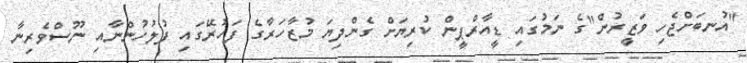
"އުނބަށްޖެހި ވަޒީރުން"ގެ ނަމުގައި ޑީއާރްޕީން ކުރިޔަށް ގެންދިޔަ މުޒާހަރާގެ ފަހުރޭގައި ފުލުހުންނާއި ނޫސްވެރިނާ